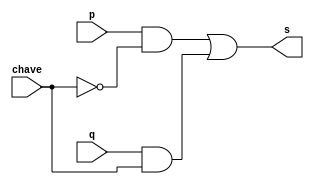
//
//
//
//
//

module multiplexador (output s, input p, input q, input chave);

wire tmp1, tmp2, tmp3;

not(tmp3,chave);
and(tmp1, p, tmp3);
and(tmp2, q, chave);
or (s, tmp1, tmp2);

endmodule

module q05 (output s0, input p, input q, input [2:0] chave);

wire temp1, temp2, temp3, temp4, temp5, temp6, temp7, temp8, temp9, temp10, temp11, temp12, temp13, temp14;



or (temp1, p, q);
and  (temp2, p, q);
multiplexador lol1  (temp9, temp1, temp2, chave[0]);
nor(temp3, p, q);
nand (temp4, p, q);
multiplexador lol2 (temp10, temp3, temp4, chave[0]);
xor (temp5, p, q);
xnor(temp6, p, q);
multiplexador lol3 (temp11, temp5, temp6, chave[0]);
not (temp7, p);
not (temp8, q);
multiplexador lol4 (temp12, temp7, temp8, chave[0]);

multiplexador lol5 (temp13, temp9, temp10, chave[1]);
multiplexador lol6 (temp14, temp11, temp12, chave[1]);
multiplexador lol7 (s0, temp13, temp14, chave[2]);


endmodule


module testq05;
reg [4:0]count;
reg [0:0]a,b;
reg [2:0]c;
wire [0:0]s0;

q05 Q05 (s0, a,b,c);

initial begin


a= 1'b0;b= 1'b0;c= 3'b000;

#1
$monitor("%3b %3b %3b = %3b", a, b,c, s0);
count = 0;
        repeat (31) begin
            count <= count + 1;
            #1 a<=count[4]; b<=count[3]; c[2]<=count[2]; c[1]<=count[1]; c[0]<=count[0]; 
				end

 

end
endmodule

// OBS.: SE POSSIVEL, TROCAR AS EXTENSOES PARA .v
//       FAVOR DEIXAR NOME E MATRICULA DENTRO DO ARQUIVO TAMBEM.